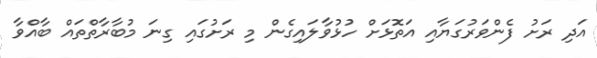
އަދި ރަށު ފެންވަރުގަޔާއި އަތޮޅަށް ހުޅުވާލައިގެން މި ރަށުގައި ގިނަ މުބާރާތްތައް ބާއްވާ